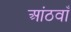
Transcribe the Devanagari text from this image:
आंठवाँ